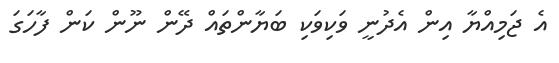
އެ ޖަމިއްޔާ އިން އެދުނީ ވަކިވަކި ބަޔާންތައް ދޭން ނޫން ކަން ފާހަގަ